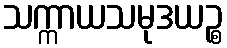
သက္ကာယသမုဒယဉ္စ